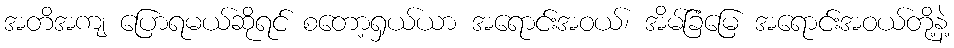
အတိအကျ ပြောရမယ်ဆိုရင် စတော့ရှယ်ယာ အရောင်းအဝယ်၊ အိမ်ခြံမြေ အရောင်းအဝယ်တို့နဲ့